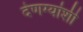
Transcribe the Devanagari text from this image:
देणग्यांशी